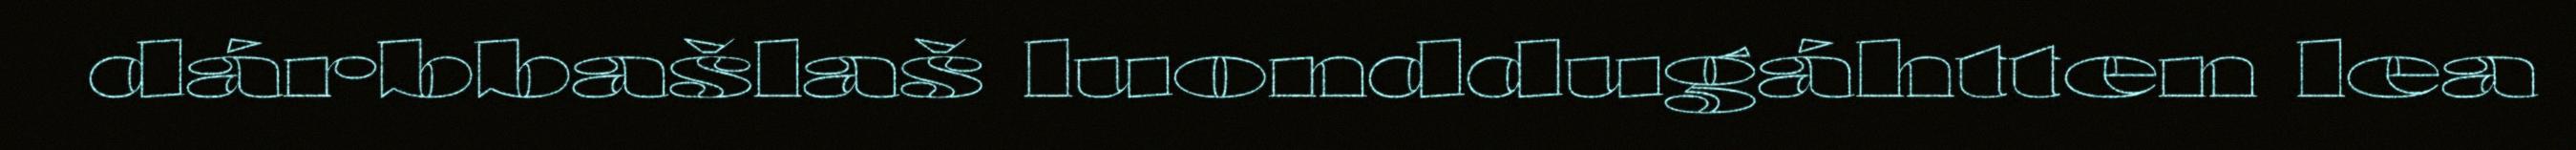
dárbbašlaš luonddugáhtten lea